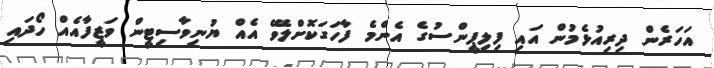
އަހަރެން ދިރިއުޅެމުން އައި ފިލިޕީންސުގެ އެންމެ ފާހަގަކޮށްލެވޭ އެއް ޔުނިވާސިޓީން ވަޒީފާއެއް ހޯދައި